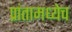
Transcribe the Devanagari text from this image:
प्रांतामध्येच